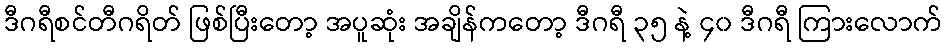
ဒီဂရီစင်တီဂရိတ် ဖြစ်ပြီးတော့ အပူဆုံး အချိန်ကတော့ ဒီဂရီ ၃၅ နဲ့ ၄၀ ဒီဂရီ ကြားလောက်